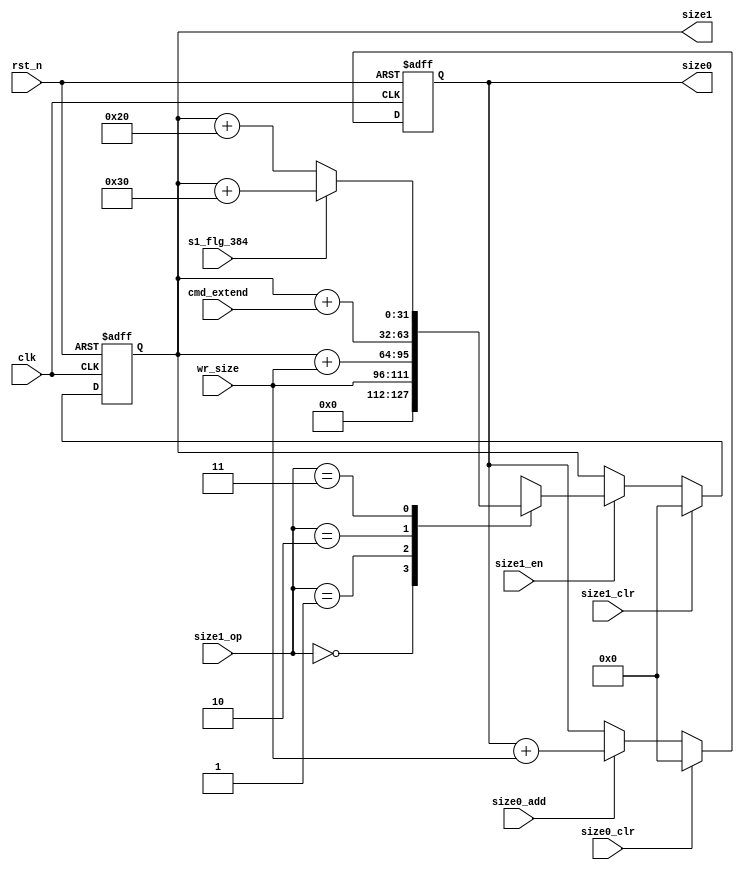
module size_ctrl (/*AUTOARG*/
   // Outputs
   size0, size1,
   // Inputs
   clk, rst_n, s1_flg_384, wr_size, cmd_extend, size0_clr, size0_add, size1_clr,
   size1_en, size1_op
   ) ;
   input           clk, rst_n;

   input           s1_flg_384;
   input [15:0]    wr_size;
   input [15:0]    cmd_extend;

   input           size0_clr;
   input           size0_add;
   output [31:0]   size0;

   // SIZE ADDING FUNCTION
   input           size1_clr;
   input           size1_en;
   input  [1:0]    size1_op;
   output [31:0]   size1;

   reg [31:0]      size0, size1;

   wire [31:0]     size0_nxt;
   assign size0_nxt = size0 + wr_size;

   always @ (posedge clk or negedge rst_n) begin
      if(!rst_n) begin
         size0 <= 32'd0;
      end else begin
         if(size0_clr) begin
            size0 <= 32'd0;
         end else if (size0_add) begin
            size0 <= size0_nxt;
         end
      end
   end

   reg   [31:0] size1_nxt;
   wire  [31:0] size1_add;
   wire [31:0]  size1_add2;
   wire  [31:0] size1_a32;
   wire  [31:0] size1_a48;
   wire  [31:0] size1_ahs;

   assign size1_add  = size1 + wr_size;
   assign size1_a32  = size1 + 16'd32;
   assign size1_a48  = size1 + 16'd48;
   assign size1_ahs  = s1_flg_384 ? size1_a48 : size1_a32;
   assign size1_add2 = size1 + cmd_extend;

   always @ (*) begin
      case (size1_op)
        2'b00 : size1_nxt = {16'd0, wr_size};
        2'b01 : size1_nxt = size1_add;
        2'b10 : size1_nxt = size1_add2;
        2'b11 : size1_nxt = size1_ahs;
      endcase // case (size1_op)
   end

   always @ (posedge clk or negedge rst_n) begin
      if(!rst_n) begin
         size1 <= 32'd0;
      end else begin
         if (size1_clr) begin
            size1 <= 32'd0;
         end else if(size1_en)begin
            size1 <= size1_nxt;
         end
      end
   end


endmodule // size_ctrl